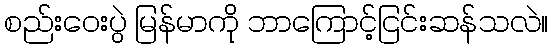
စည်းဝေးပွဲ မြန်မာကို ဘာကြောင့်ငြင်းဆန်သလဲ။